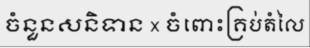
ចំនួនសនិទាន x ចំពោះគ្រប់តំលៃ